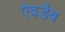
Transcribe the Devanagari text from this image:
ऐबडैब